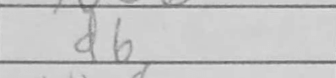
Transcription: d6